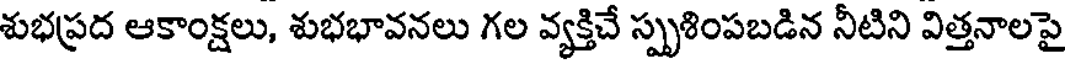
శుభప్రద ఆకాంక్షలు, శుభభావనలు గల వ్యక్తిచే స్పృశింపబడిన నీటిని విత్తనాలపై